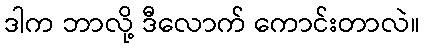
ဒါက ဘာလို့ ဒီလောက် ကောင်းတာလဲ။